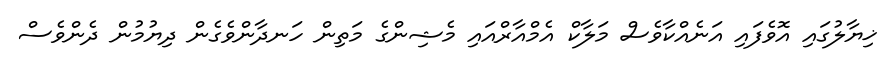
ޚިޔާލުގައި އޮވެފައި އަނެއްކާވެސް މަލާކް އެމްއާރްއައި މެޝިންގެ މަތިން ހަނދާންވެގެން ދިޔުމުން ދެންވެސް